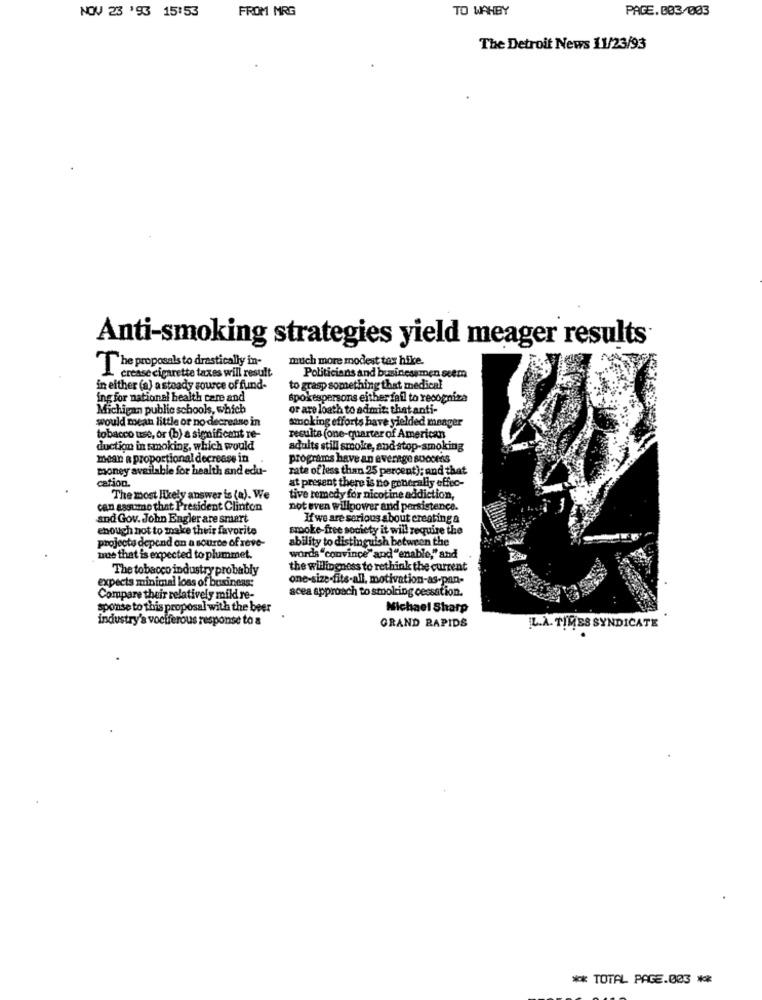
FROM MRG
TO WAHBY
PAGE. 803/003
NOV 23 '93 15:53
The Detroit News 11/23/93
Anti-smoking strategies yield meager results
much more modest tax hike.
The proposals to drastically in-
crease cigarette taxes will result
Politicians and businessmen seem
in either (a) a steady source of fund-
to grasp something that medical
ing for national health care and
spokespersons either fail to recognize
Michigan public schools, which
or are loath to admit that anti-
would mean little or no decrease in
smoking efforts have yielded meager
tobacco use, or (b) a significant re-
results (one-quarter of American
duction in smoking, which would
adults still smoke, andstop-smoking
mean a proportional decrease in
programs have an average soocens
money available for health and edu-
rate of less than 25 percent); and that
cation.
at present there is no generally effec-
The most likely answer is (a). We
tive remedy for nicotine addiction,
can assume that President Clinton
not even willpower and persistence.
and Gov. John Engler are smart
If we are serious about creating a
though not to make their favorite
spoke-free society it will require the
projects depend on a source of reve-
ability to distinguish between the
me that is expected to plummet.
words "convince" and "enable," and
The tobacco industry probably
the willingness to rethink the current
expects minimal loss of business:
one-size-fits-all. motivation-as-pan-
acea approach to smoking cessation.
Compare their relatively mild re-
sponse to this proposal with the beer
Michael Sharp
industry's vociferous response to a
GRAND RAPIDS
L.A. TIMES SYNDICATE
** TOTAL PAGE.003 **